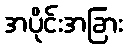
အပိုင်းအခြား